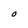
Character: O